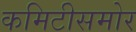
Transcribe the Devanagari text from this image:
कमिटीसमोर